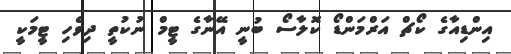
އިންޑިއާގެ ކޯޗް އަރްމަންޑޯ ކޮލާސޯ ބުނީ އޭނާގެ ޓީމް ނުކުތީ ދިވެހި ޓީމަކީ